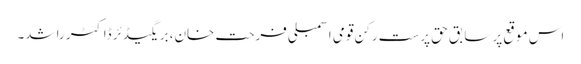
اس موقع پر سابق حق پرست رکن قومی اسمبلی فرحت خان، بریگیڈئر ڈاکٹر راشد۔